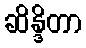
ဆိန္ဒိတာ